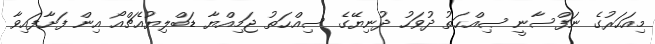
މިއަހަރުގެ ނަފްސާނީ ޞިއްޙަތު ދުވަހު ދުނިޔޭގެ ސިއްޙަތު ޖަމިއްޔާ ޑަބްލިޔުއެޗްއޯ އިން ފަށާފައިވާ